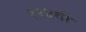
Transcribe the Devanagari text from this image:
१२४वी